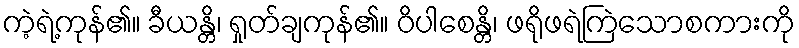
ကဲ့ရဲ့ကုန်၏။ ခီယန္တိ၊ ရှုတ်ချကုန်၏။ ဝိပါစေန္တိ၊ ဖရိုဖရဲကြဲသောစကားကို